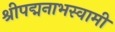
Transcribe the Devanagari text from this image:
श्रीपद्मनाभस्वामी